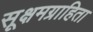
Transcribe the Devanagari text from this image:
सूक्षमग्राहिता